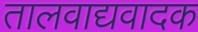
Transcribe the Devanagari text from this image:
तालवाद्यवादक